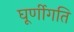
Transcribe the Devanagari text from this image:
घूर्णीगति